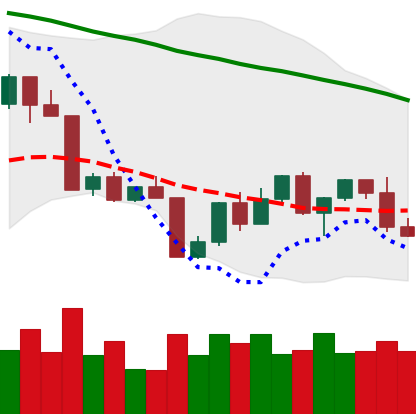
Ticker: LTC-USD
Chart end date: 2022-04-22
Forward return: -4.793%
Label: down_3_5